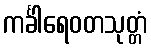
ကင်္ခါရေဝတသုတ္တံ